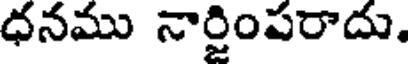
ధనము నార్జింపరాదు.